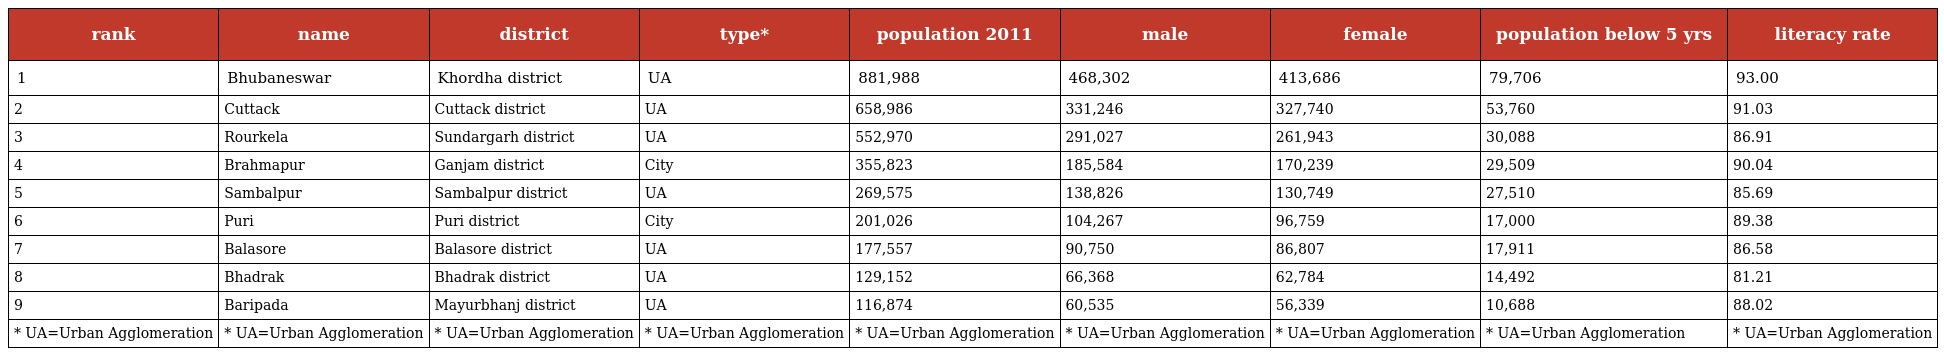
| rank | name | district | type* | population 2011 | male | female | population below 5 yrs | literacy rate |
 | --- | --- | --- | --- | --- | --- | --- | --- | --- |
 | 1 | Bhubaneswar | Khordha district | UA | 881,988 | 468,302 | 413,686 | 79,706 | 93.00 |
 | 2 | Cuttack | Cuttack district | UA | 658,986 | 331,246 | 327,740 | 53,760 | 91.03 |
 | 3 | Rourkela | Sundargarh district | UA | 552,970 | 291,027 | 261,943 | 30,088 | 86.91 |
 | 4 | Brahmapur | Ganjam district | City | 355,823 | 185,584 | 170,239 | 29,509 | 90.04 |
 | 5 | Sambalpur | Sambalpur district | UA | 269,575 | 138,826 | 130,749 | 27,510 | 85.69 |
 | 6 | Puri | Puri district | City | 201,026 | 104,267 | 96,759 | 17,000 | 89.38 |
 | 7 | Balasore | Balasore district | UA | 177,557 | 90,750 | 86,807 | 17,911 | 86.58 |
 | 8 | Bhadrak | Bhadrak district | UA | 129,152 | 66,368 | 62,784 | 14,492 | 81.21 |
 | 9 | Baripada | Mayurbhanj district | UA | 116,874 | 60,535 | 56,339 | 10,688 | 88.02 |
 | * UA=Urban Agglomeration | * UA=Urban Agglomeration | * UA=Urban Agglomeration | * UA=Urban Agglomeration | * UA=Urban Agglomeration | * UA=Urban Agglomeration | * UA=Urban Agglomeration | * UA=Urban Agglomeration | * UA=Urban Agglomeration |